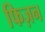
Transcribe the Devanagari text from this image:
फिज़न